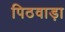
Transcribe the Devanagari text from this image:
पिठवाड़ा